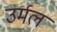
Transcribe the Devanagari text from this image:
उर्मल